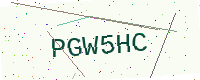
Text: PGW5HC